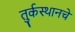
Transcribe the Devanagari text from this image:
तुर्कस्थानचे